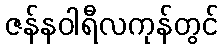
ဇန်နဝါရီလကုန်တွင်